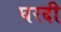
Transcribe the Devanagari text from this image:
घरदी